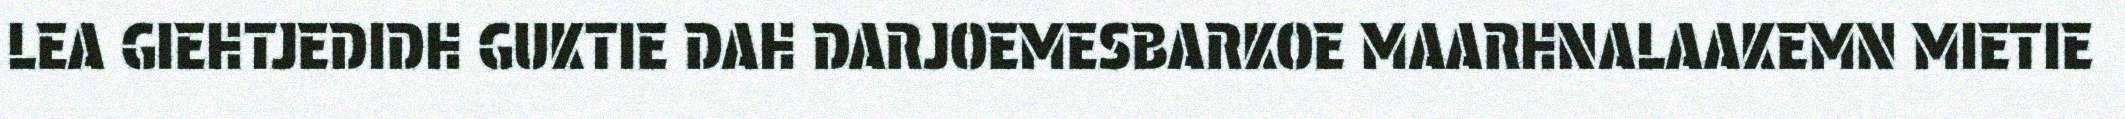
LEA GIEHTJEDIDH GUKTIE DAH DARJOEMESBARKOE MAARHNALAAKEMN MIETIE